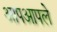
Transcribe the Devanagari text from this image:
आपआपले